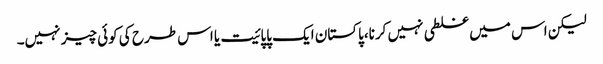
لیکن اس میں غلطی نہیں کرنا،پاکستان ایک پاپائیت یا اس طرح کی کوئی چیز نہیں۔